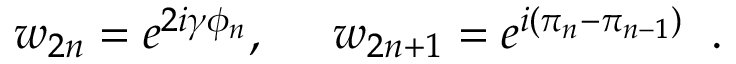
w _ { 2 n } = e ^ { 2 i \gamma \phi _ { n } } , \; \; \; \; \; w _ { 2 n + 1 } = e ^ { i ( \pi _ { n } - \pi _ { n - 1 } ) } \; \; .